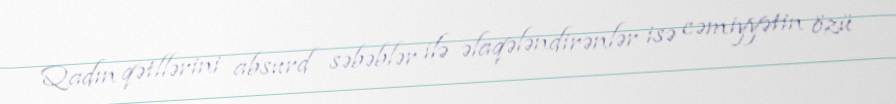
Qadın qətllərini absurd səbəblər ilə əlaqələndirənlər isə cəmiyyətin özü